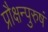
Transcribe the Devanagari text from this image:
प्रौक्षन्पुरुषं